Lunatic asylums Bombay report 1891-1903 - 1891-1903
Year: 1891
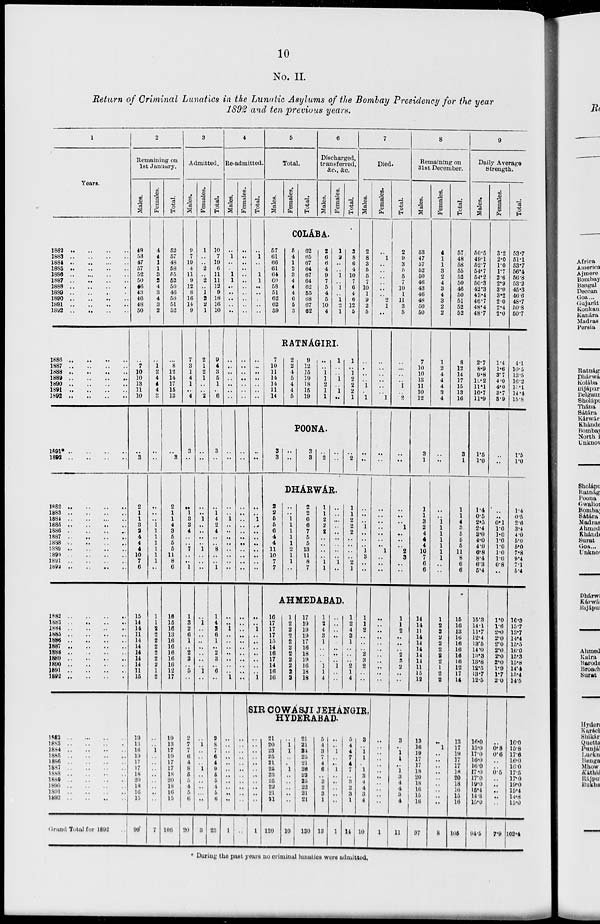
10
No. II.
Return of Criminal Lunatics in the Lunatic Asylums of the Bombay Presidency for the year
1892 and ten previous years.
1
Years.
1882
..
..
..
..
1883
..
..
..
..
1884
..
..
..
..
1885 .. .. .. ..
1886
..
..
..
..
1887 .. .. .. ..
1888
..
..
..
..
1889
..
..
..
..
1890 .. .. .. ..
1891 .. .. .. ..
1892 .. .. .. ..
1886 .. .. .. ..
1887
..
..
..
..
1888 .. .. .. ..
1889
..
..
..
..
1890
..
..
..
..
1891
..
..
..
..
1892 .. .. .. ..
1891* .. .. .. ..
1892
..
..
..
..
1882
..
..
..
..
1883
..
..
..
..
1884
..
..
..
..
1885 .. .. .. ..
1886
..
..
..
..
1887 .. .. .. ..
1888
..
..
..
..
1889
..
..
..
..
1890
..
..
..
..
1891
..
..
..
..
1892 .. .. .. ..
1882 .. .. .. ..
1883 .. .. .. ..
1884
..
..
..
..
1885 .. .. .. ..
1886
..
..
..
..
1887 .. .. .. ..
1888
..
..
..
..
1889 .. .. .. ..
1890
..
..
..
..
1891
..
..
..
..
1892
..
..
..
..
1882
..
..
..
..
1883
..
..
..
..
1884
..
..
..
..
1885
..
..
..
..
1886
..
..
..
..
1887
..
..
..
..
1888 .. .. .. ..
1889
..
..
..
..
1890
..
..
..
..
1891
..
..
..
..
1892
..
..
..
..
Grand Total for 1892 ..
2
Remaining on
1st January.
Males.
48
53
47
57
52
50
46
43
46
48
50
..
7
10
10
13
11
10
..
3
2
1
1
3
2
4
4
4
10
7
6
15
14
14
11
14
14
14
14
14
11
15
19
13
16
19
17
17
18
20
18
16
15
99
Females.
4
4
1
1
3
2
4
3
4
3
2
..
1
2
4
4
4
3
..
..
..
..
..
1
1
1
1
1
1
1
..
1
1
2
2
2
2
2
2
2
1
2
..
.. 1
..
..
..
..
..
..
..
..
7
Total.
52
57
48
58
55
52
50
46
50
51
52
..
8
12
14
17
15
13
3 ..
2
1
1
4
3
5
5
5
11
8
6
16
15
16
13
16
16
16
16
16
12
17
19
13
17
19
17
17
18
20
18
16
15
106
3
Admitted.
Males.
9
7
19
4
11
9
12
8
16
14
9
7
3
1
4
1
..
4
3
..
..
1
3
2
4
..
..
7
..
..
1
1
3
2
6
1
..
2
3
..
5
..
2
7
7
6
4
8
5
5
4
5
6
20
Females.
1
..
..
2
..
2
..
1
2
2
1
2
1
2
1
..
..
2
..
..
..
..
1
..
..
..
..
1
..
..
..
..
1
..
..
..
..
..
..
..
1
..
..
1
..
..
.. 1
..
.. ..
..
..
3
Total.
10
7
19
6
11
11
12
9
18
16
10
9
4
3
5
1
..
6
3
..
..
1
4
2
4
..
..
8
..
..
1
1
4
2
6
1
..
2
3
..
6
..
2
8
7
6
4
9
5
5
4
5
6
23
4
Re-admitted.
Males.
..
1
..
..
1
1
..
..
..
..
..
..
..
..
..
..
..
..
..
..
..
..
1
..
..
..
..
..
..
..
..
..
..
1
..
..
..
..
..
..
..
1
..
..
..
..
.. ..
..
..
..
..
..
1
Females.
..
..
..
..
..
..
..
..
..
..
..
..
..
..
..
..
..
..
..
..
..
..
..
..
..
..
..
..
..
..
..
..
..
..
..
..
..
..
..
..
..
..
..
..
..
..
.. ..
.. ..
..
..
..
..
Total.
..
1
..
..
1
1
..
..
..
..
..
..
..
..
..
..
..
..
..
..
..
..
1
..
..
..
..
..
..
..
..
..
..
1
..
..
..
..
..
..
..
1
5
Total.
Males.
Females.
Total.
6
Discharged,
transferred,
&c., &c.
Males.
Females.
Total.
COLÁBA.
57
61
66
61
64
60
58
51
62
62
59
5
4
1
3
3
4
4
4
6
5
3
62
65
67
64
67
64
62
55
68
67
62
2
6
6
4
9
7
5
4
5
10
4
1
2
..
..
1
..
1
..
1
2
1
3
8
6
4
10
7
6
4
6
12
5
RATNAGIRI.
7
10
11
14
14
11
14
2
2
4
5
4
4
5
9
12
15
19
18
15
19
..
..
1
1
2
1
1
1
..
..
1
..
1
..
1
..
1
2
2
2
1
POONA.
3
3
..
..
3
3
..
2
..
..
..
2
DHÁRWÁR.
2
2
5
5
6
4
4
11
10
7
7
..
..
1
1
1
1
1
2
1
1
..
2
2
6
6
7
5
5
13
11
8
7
1
1
2
2
2
..
..
..
..
1
1
..
..
..
..
..
..
..
..
..
1
..
1
1
2
2
2
..
..
..
..
2
1
AHMEDABAD.
16
17
17
17
15
14
16
17
14
16
16
1
2
2
2
2
2
2
2
2
2
2
17
19
19
19
17
16
18
19
16
18
18
1
2
4
3
1
..
..
..
1
1
4
..
..
..
..
..
..
..
..
1
..
..
1
2
4
3
1
..
..
..
2
1
4
7
Died.
Males.
2
8
3
5
5
7
10
1
9
2
5
..
..
..
..
1
..
1
..
..
..
..
..
1
..
..
..
1
3
..
..
1
1
2
..
..
..
2
3
2
..
..
SIR COWASJI JEHANGIR,
HYDERABAD.
..
..
..
..
..
.. ..
.. ..
..
..
1
21
20
23
25
21
25
23
25
22
21
21
120
..
1
1 ..
..
1 ..
..
.. ..
..
10
21
21
24
25
21
26
23
25
22
21
21
130
5
4
3
7
4
6
.. 3
2
3
1
13
..
.. 1
..
..
1
.. ..
.. ..
..
1
5
4
4
7
4
7
..
3
2
3
1
14
3
..
1
1
.. 1
3
4
4
3
4
10
Females.
..
1
..
..
..
..
..
..
2
1
..
..
..
..
..
..
..
1
..
..
..
..
..
..
..
..
..
1
..
..
..
..
..
..
..
..
..
..
..
..
..
..
..
.. ..
..
..
..
..
.. ..
..
..
1
Total.
2
9
3
5
5
7
10
1
11
3
5
..
..
..
..
1
..
2
..
..
..
..
..
1
..
..
..
2
3
..
..
1
1
2
..
..
..
2
3
..
..
..
3
..
1
1
..
1
3
4
4
3
4
11
8
Remaining on
31st December.
Males.
53
47
57
52
50
46
43
46
48
50
50
7
10
10
13
11
10
12
3
1
1
1
3
2
4
4
4
10
7
6
6
14
14
11
14
14
14
14
14
11
15
12
13
16
19
17
17
18
20
18
10
15
10
97
Females.
4
1
1
3
2
4
3
4
3
2
2
1
2
4
4
4
3
4
..
..
..
..
1
1
1
1
1
1
1
..
..
1
2
2
2
2
2
2
2
1
2
2
..
1
..
..
..
..
..
..
..
..
..
8
Total.
57
48
58
55
52
50
46
50
51
52
52
8
12
14
17
15
13
16
3
1
1
1
4
3
5
5
5
11
8
6
6
15
16
13
16
16
16
16
16
12
17
14
13
17
19
17
17
18
20
18
10
15
10
105
9
Daily Average
Strength.
Males.
50.5
49.1
52.7
54.7
54.2
50.3
42.3
43.4
46.7
48.4
48.7
2.7
8.9
9.8
12.2
11.1
10.7
11.9
1.5
1.0
1.4
0.5
2.5
2.4
3.0
4.0
4.0
6.8
8.4
6.3
5.4
15.3
14.1
11.7
12.4
13.5
14.0
13.3
13.8
12.5
13.7
12.5
16.0
15.0
17.0
16.0
16.0
17.0
17.0
19.0
15.4
14.8
15.0
94.5
Females.
3.2
2.0
1.0
1.7
2.6
2.9
3.0
3.2
2.0
2.4
2.0
1.4
1.6
3.7
4.0
4.0
3.7
3.9
..
..
..
..
0.1
1.0
1.0
1.0
1.0
1.0
1.0
0.8
..
1.0
1.6
2.0
2.0
2.0
2.0
2.0
2.0
1.9
1.7
2.0
..
0.8
0.6
..
..
0.5
..
..
..
..
..
7.9
Total.
53.7
51.1
53.7
56.4
56.8
53.2
45.3
46.6
48.7
50.8
50.7
4.1
10.5
13.5
16.2
15.1
14.4
15.8
1.5
1.0
1.4
0.5
2.6
3.4
4.0
5.0
5.0
7.8
9.4
7.1
5.4
16.3
15.7
13.7
14.4
15.5
16.0
15.3
15.8
14.4
15.4
14.5
16.0
15.8
17.6
16.0
16.0
17.5
17.0
19.0
15.4
14.8
15.0
102.4
* During the past years no criminal lunatics were admitted.